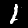
Digit: 1